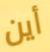
أين